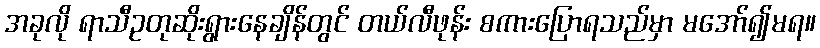
အခုလို ရာသီဥတုဆိုးရွားနေချိန်တွင် တယ်လီဖုန်း စကားပြောရသည်မှာ မအော်၍မရ။